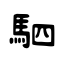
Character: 駟